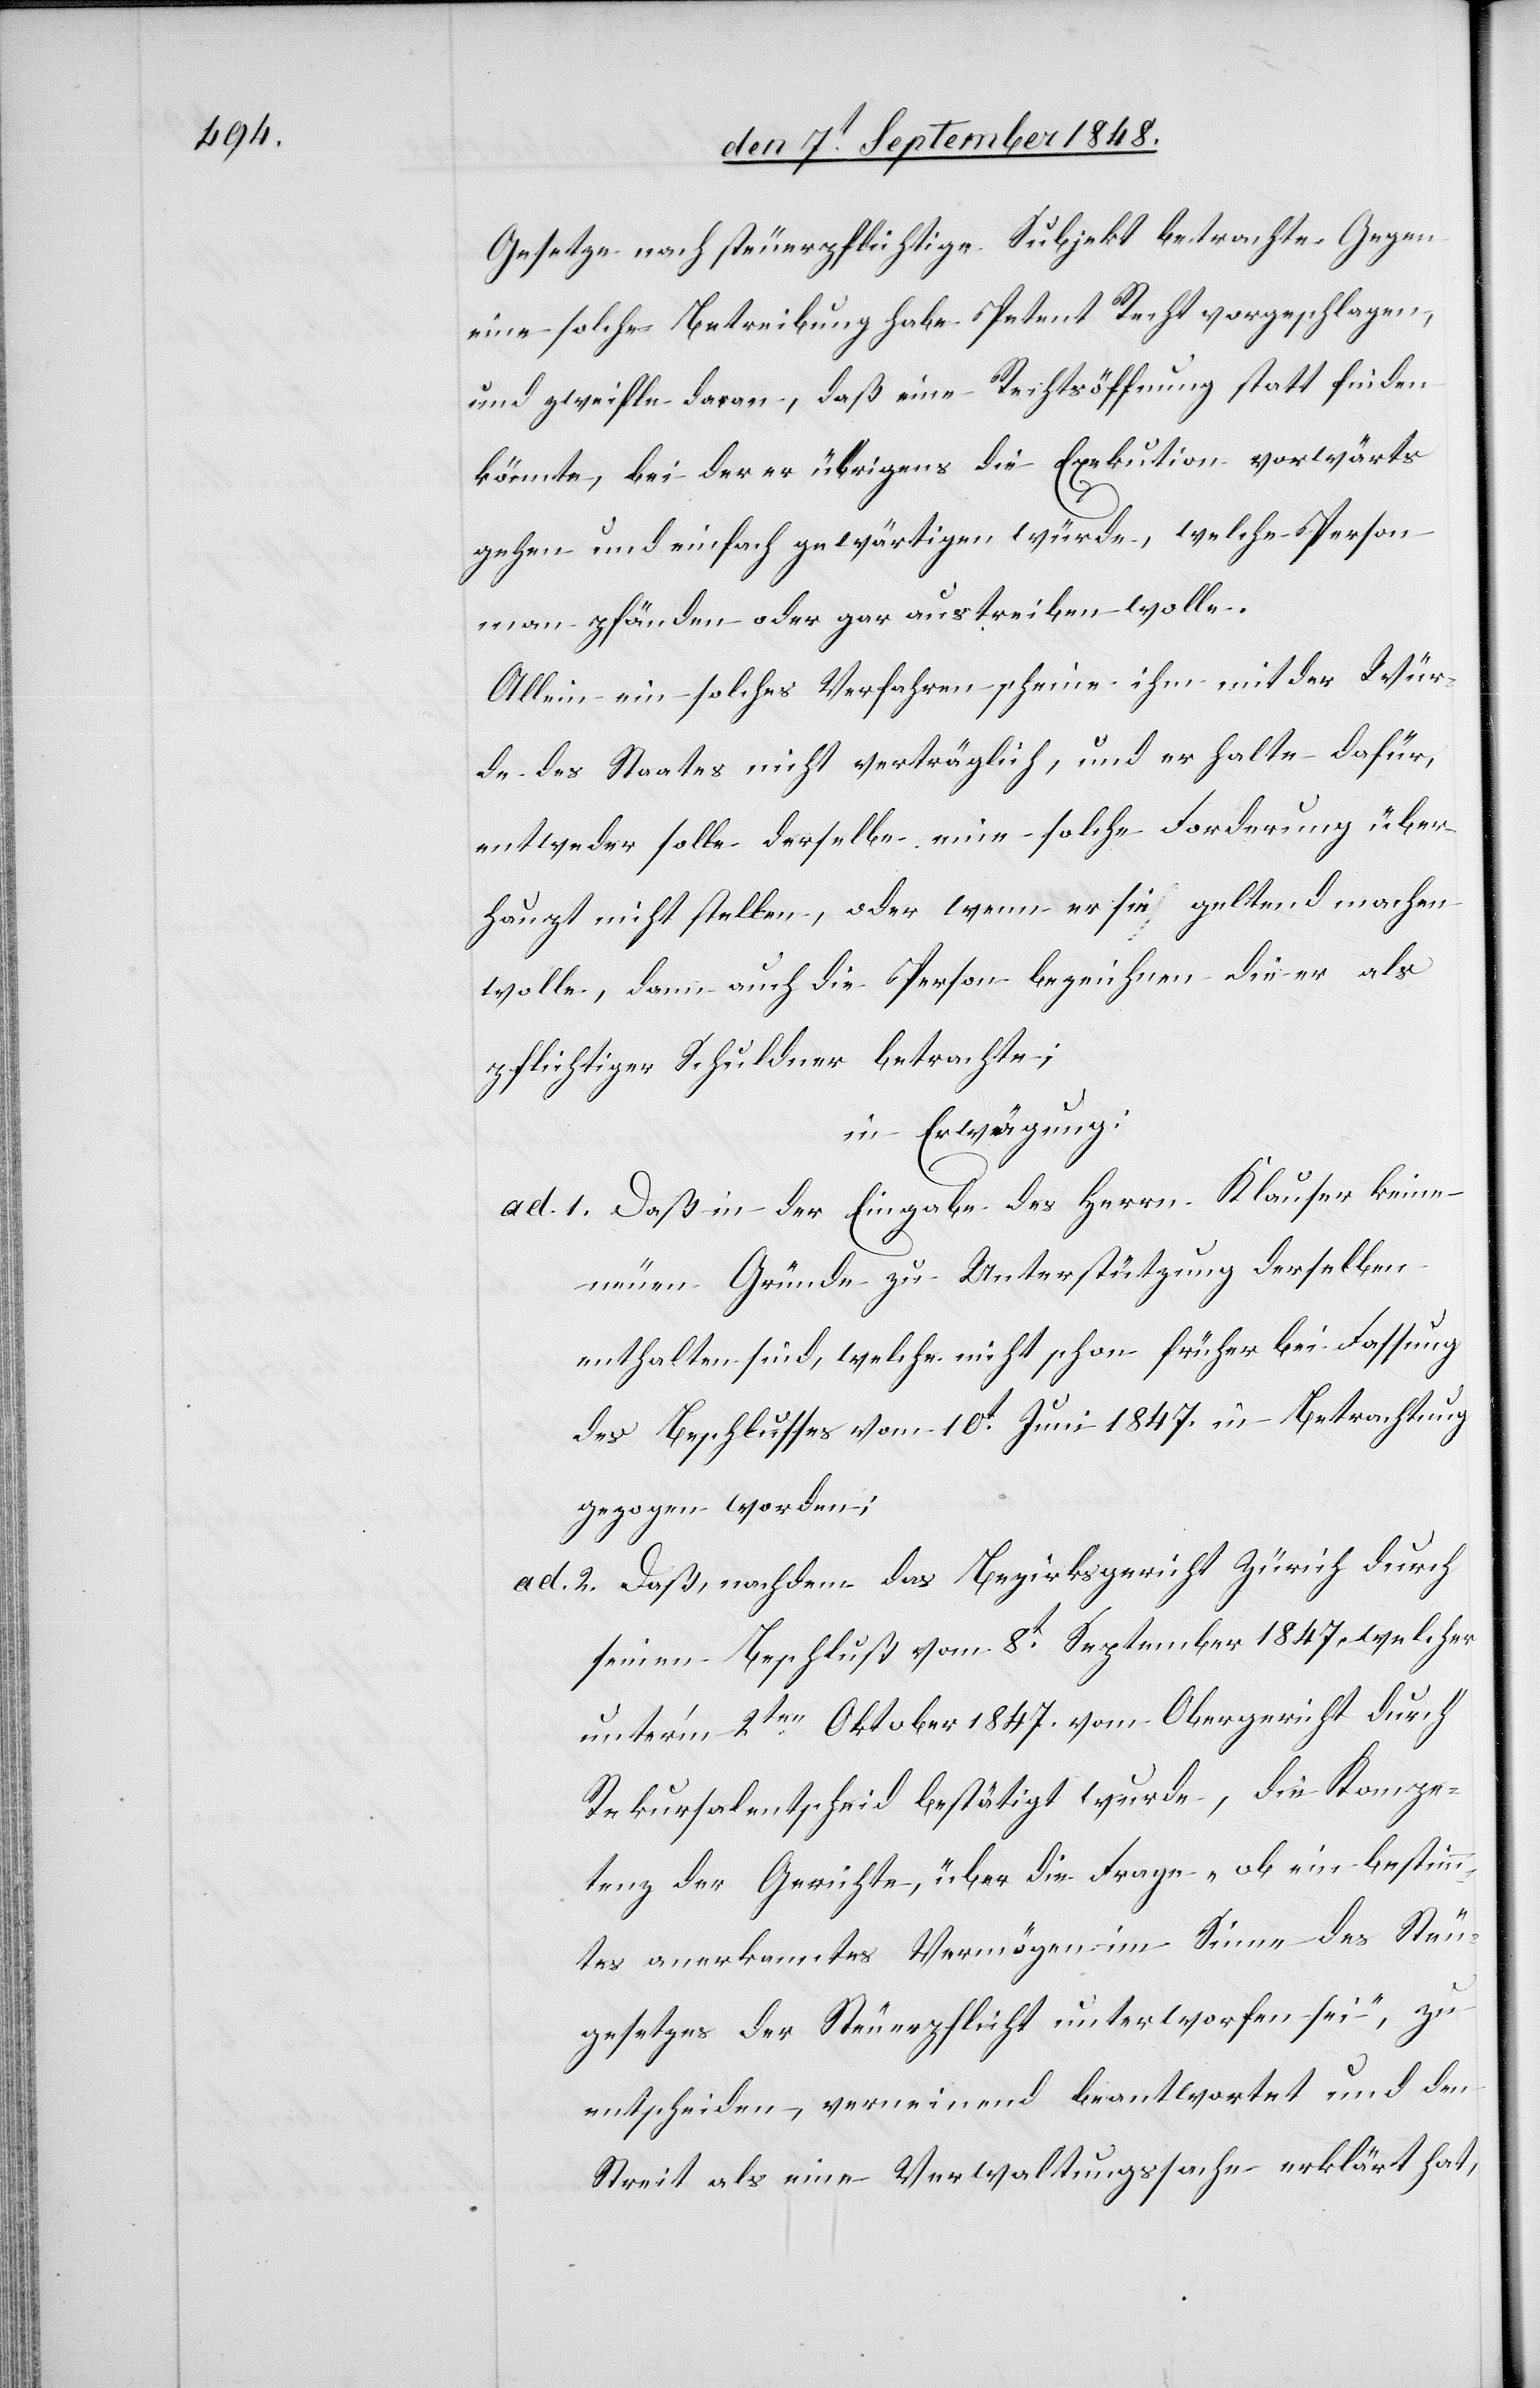
Gesetze nach steuerpflichtige Subjekt betrachte Gegen
eine solche Betreibung habe Petent Recht vorgeschlagen,
und zweifele daran, daß eine Rechtsöffnung statt finden
könnte, bei der er übrigens die Exekution vorwärts
gehen und einfach gewärtigen würde, welche Person
man pfänden oder gar austreiben wolle.
Allein ein solches Verfahren scheine ihm mit der Wür¬
de des Staates nicht verträglich, und er halte dafür,
entweder solle derselbe eine solche Forderung über¬
haupt nicht stellen, oder wenn er sie geltend machen
wolle, dann auch die Person bezeichnen die er als
pflichtiger Schuldner betrachte;
in Erwägung:
ad. 1. Daß in der Eingabe des Herrn Klauser keine
neuen Gründe zu Unterstützung derselben
enthalten sind, welche nicht schon früher bei Fassung
des Beschlusses vom 10t Juni 1847. in Betrachtung
gezogen worden;
ad 2. Daß, nachdem das Bezirksgericht Zürich durch
seinen Beschluß vom 8t September 1847. welcher
unter’m 2ten Oktober 1847. vom Obergericht durch
Rekursalentscheid bestätigt wurde, die Kompe¬
tenz der Gerichte, über die Frage „ob ein bestimm¬
tes anerkanntes Vermögen im Sinne des Steuer¬
gesetzes der Steuerpflicht unterworfen sei“, zu
entscheiden, verneinend beantwortet und den
Streit als eine Verwaltungssache erklärt hat,